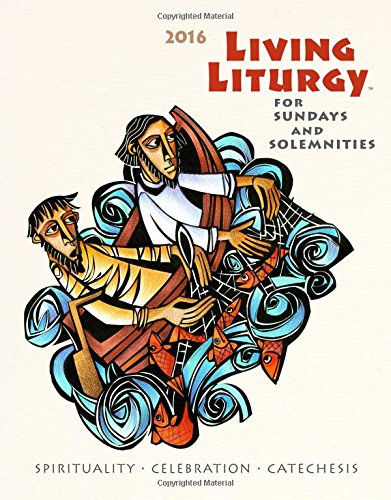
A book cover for Living Liturgy: Spirituality, Celebration, and Catechesis for Sundays and Solemnities Year C (2016); Joyce  Ann Zimmerman CPPS; Christian Books & Bibles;